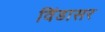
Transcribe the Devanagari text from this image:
विंडासर